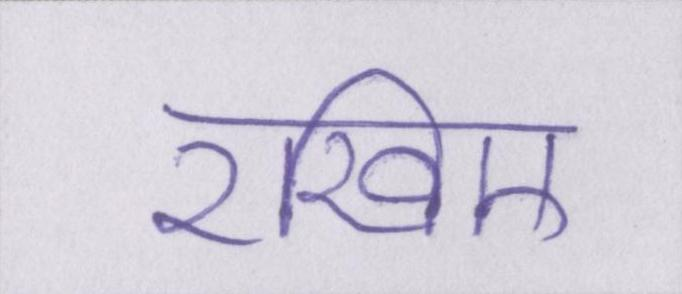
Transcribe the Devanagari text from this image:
रखिए